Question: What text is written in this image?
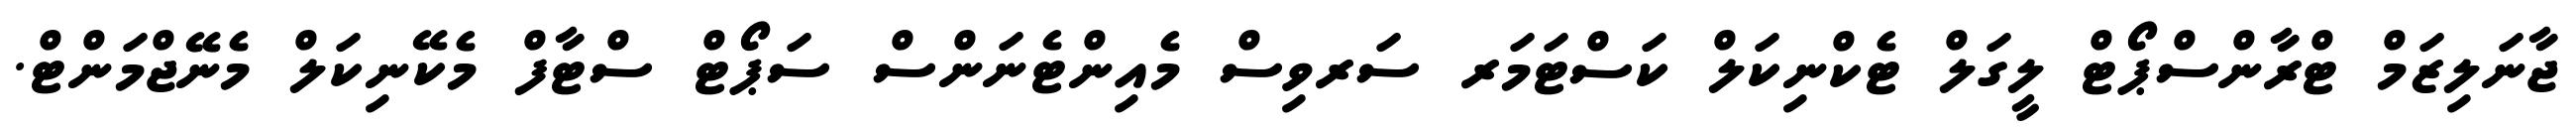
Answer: ޖާނަލިޒަމް ޓްރާންސްޕޯޓް ލީގަލް ޓެކްނިކަލް ކަސްޓަމަރ ސަރވިސް މެއިންޓެނަންސް ސަޕޯޓް ސްޓާފް މެކޭނިކަލް މެނޭޖްމަންޓް.